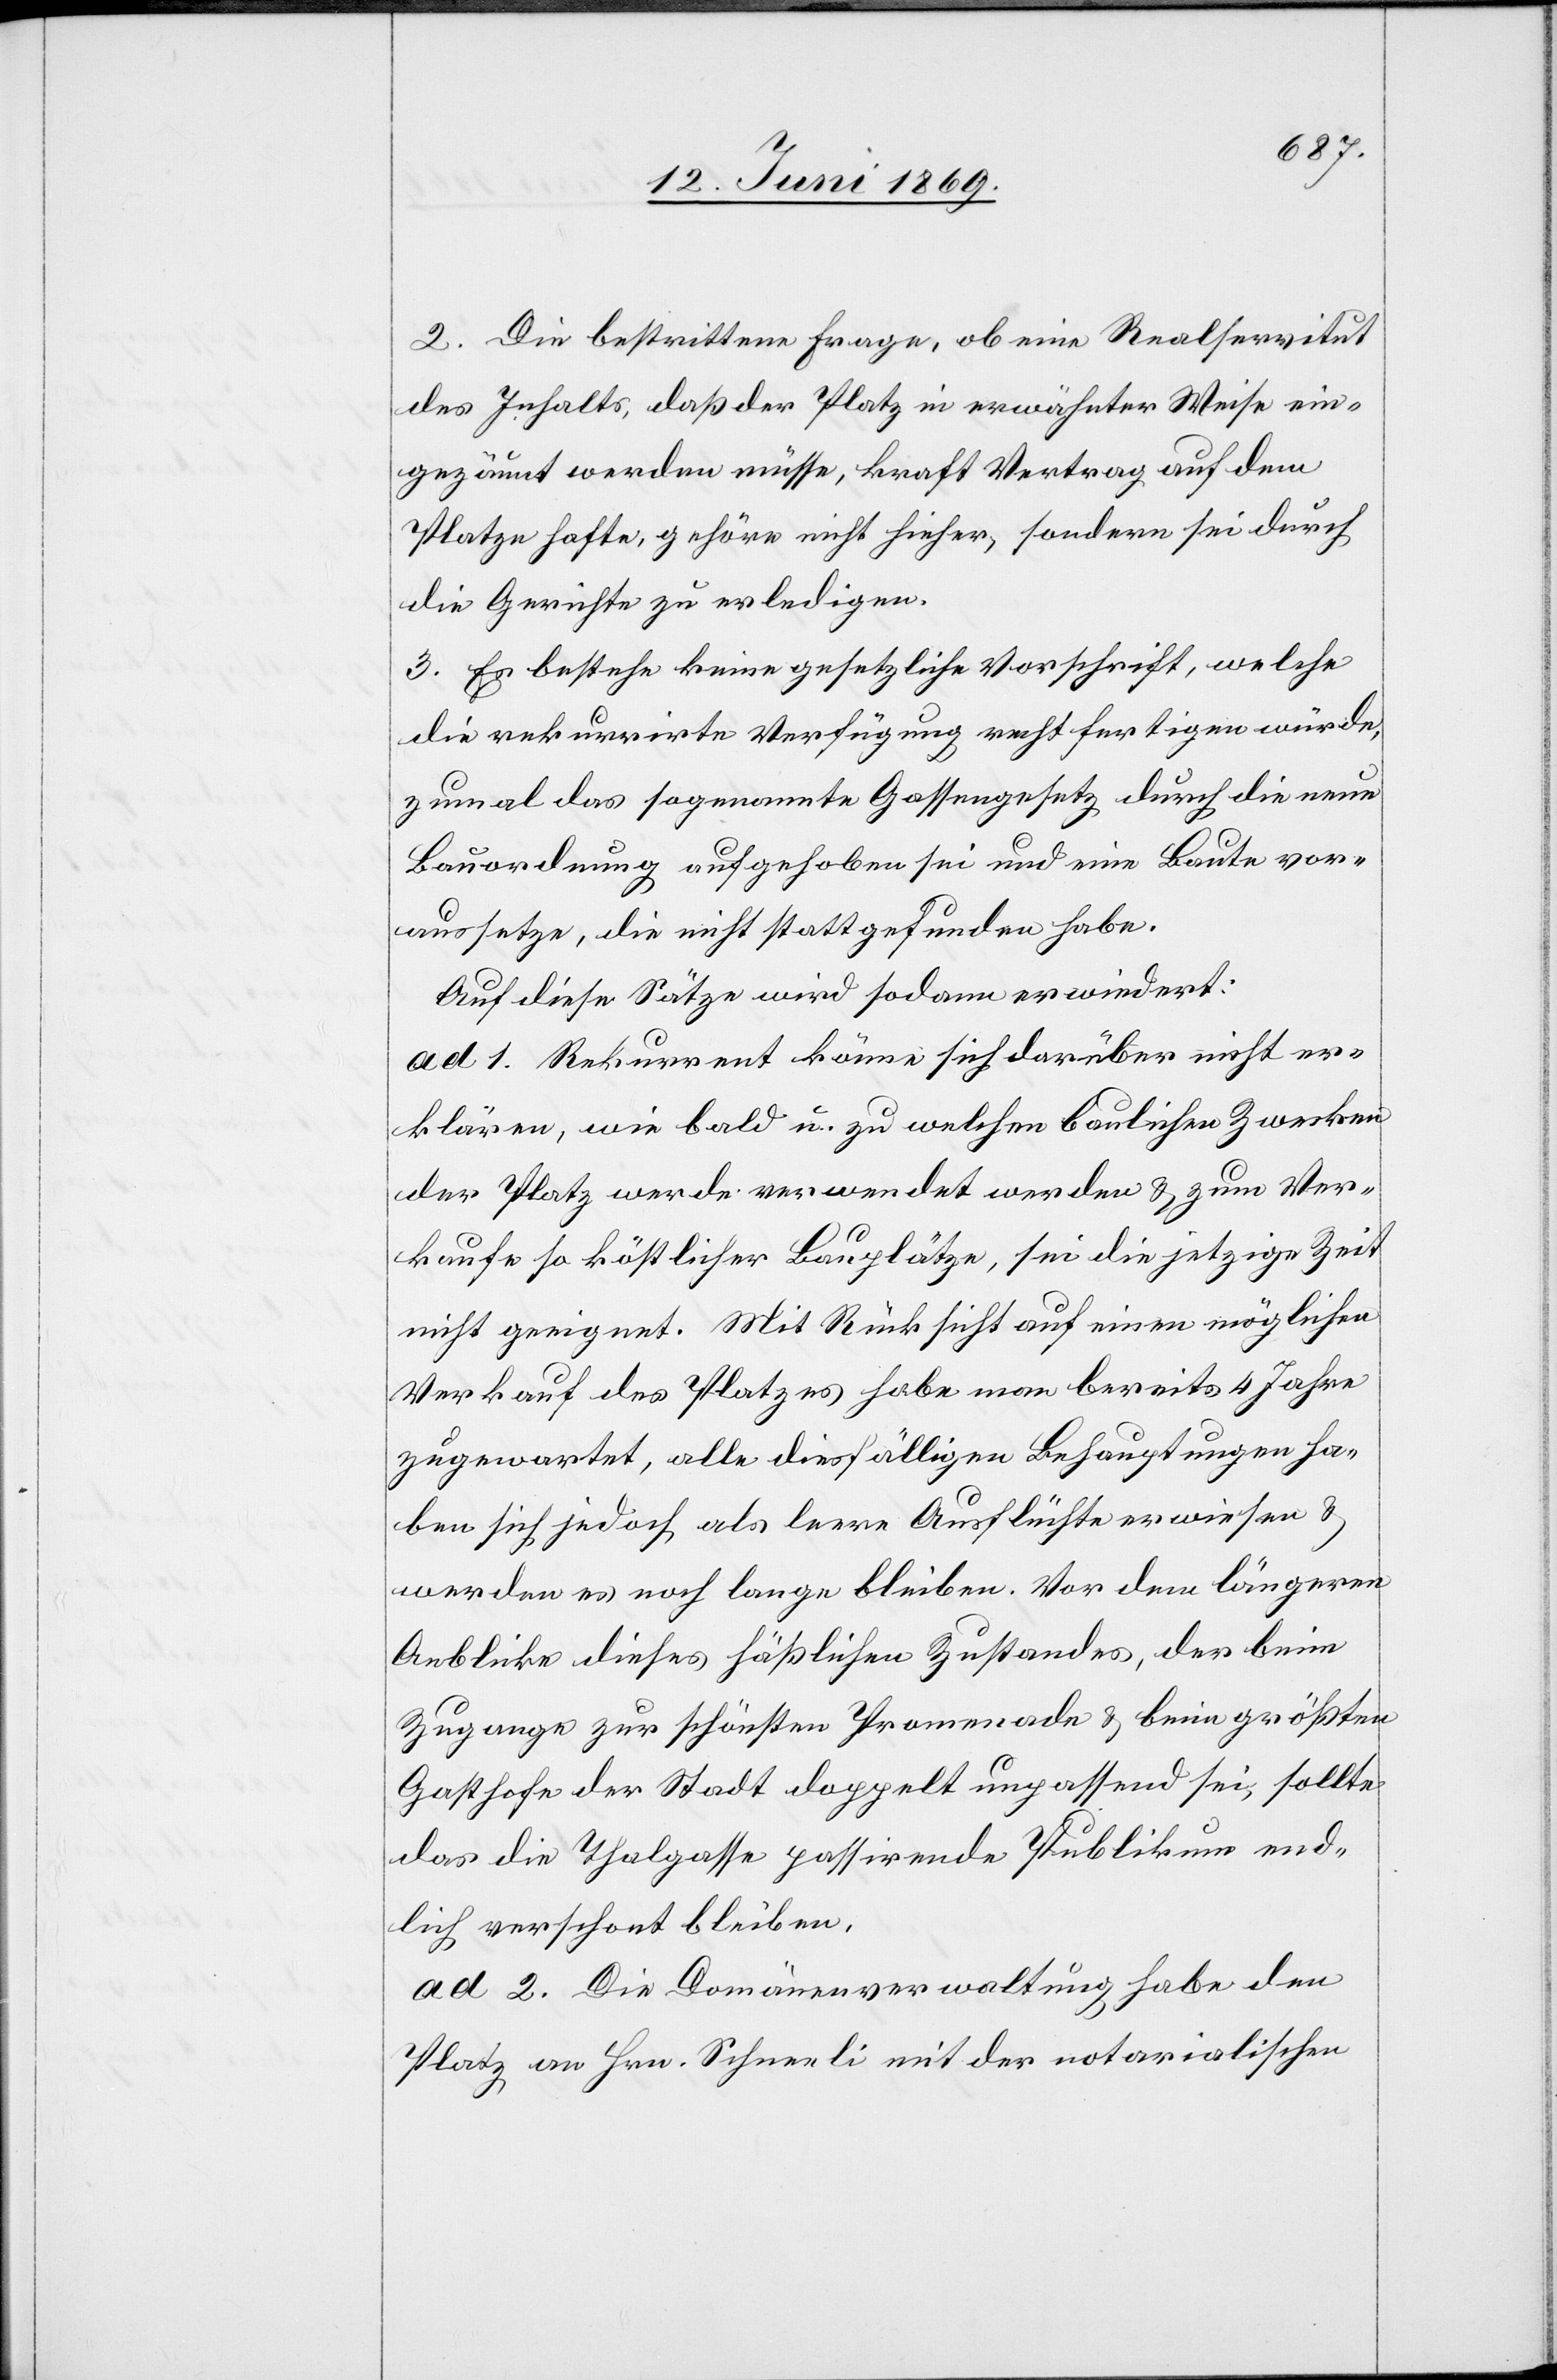
2. Die bestrittene Frage, ob eine Realservitut
des Inhalts, daß der Platz in erwähnter Weise ein¬
gezäunt werden müsse, kraft Vertrag auf dem
Platze hafte, gehöre nicht hieher, sondern sei durch
die Gerichte zu erledigen.
3. Es bestehe keine gesetzliche Vorschrift, welche
die rekurrirte Verfügung rechtfertigen würde,
zumal das sogenannte Gassengesetz durch die neue
Bauordnung aufgehoben sei und eine Baute vor¬
aussetze, die nicht stattgefunden habe.
Auf diese Sätze wird sodann erwiedert:
ad 1. Rekurrent könne sich darüber nicht er¬
klären, wie bald u. zu welchen baulichen Zwecken,
der Platz werde verwendet werden u. zum Ver¬
kaufe so köstlicher Bauplätze, sei die jetzige Zeit
nicht geeignet. Mit Rücksicht auf einen möglichen
Verkauf des Platzes habe man bereits 4 Jahre
zugewartet, alle diesfälligen Behauptungen ha¬
ben sich jedoch als leere Ausflüchte erwiesen u
.werden es noch lange bleiben. Vor dem längern
Anblicke dieses häßlichen Zustandes, der beim
Zugange zur schönsten Promenade u. beim größten
Gasthofe der Stadt doppelt unpassend sei, sollte
das die Thalgasse passirende Publikum end¬
lich verschont bleiben.
ad 2. Die Domänenverwaltung habe den
Platz an Hrn. Schneeli mit der notarialischen